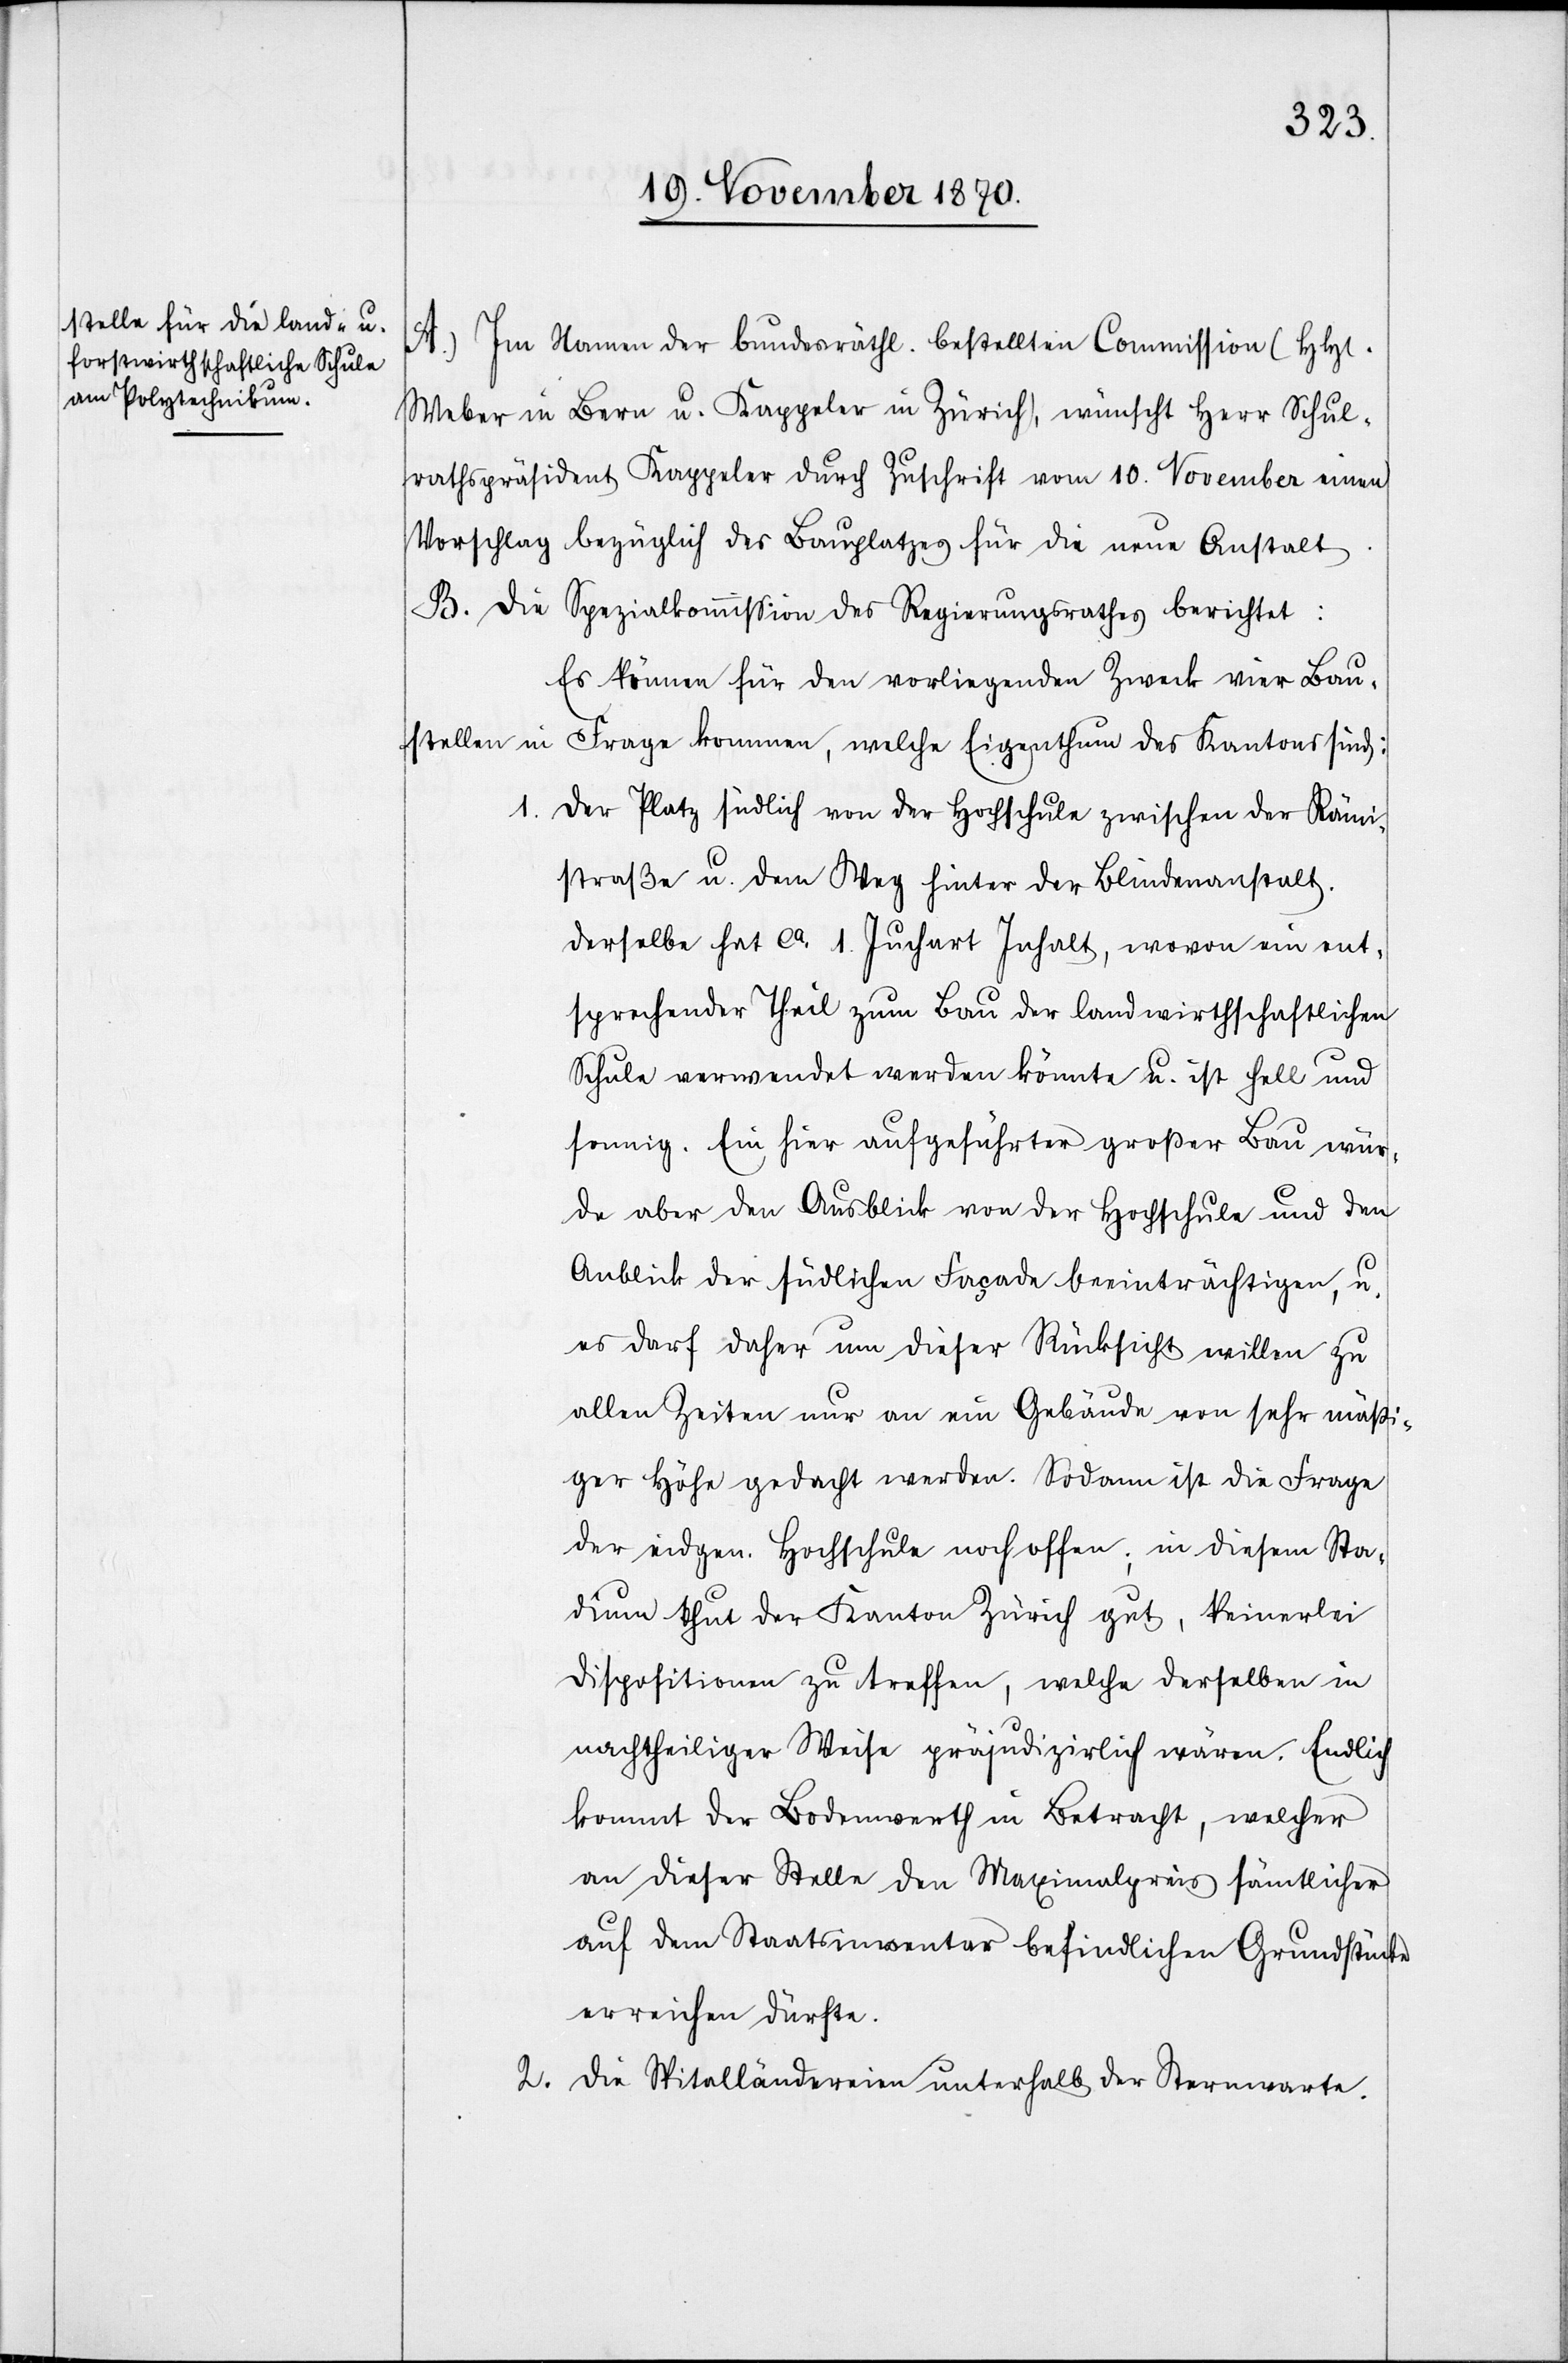
A. Im Namen der bundesräthl. bestellten Commission (HH[err]
Weber in Bern u. Kappeler in Zürich), wünscht Herr Schul¬
rathspräsident Kappeler durch Zuschrift vom 10. November einen
Vorschlag bezüglich des Bauplatzes für die neue Anstalt.
B. Die Spezialkommißion des Regierungsrathes berichtet:
Es können für den vorliegenden Zweck vier Bau¬
stellen in Frage kommen, welche Eigenthum des Kantons sind:
1. Der Platz südlich von der Hochschule zwischen der Rämi¬
straße u. dem Weg hinter der Blindenanstalt.
Derselbe hat ca. 1. Juchart Inhalt, wovon ein ent¬
sprechender Theil zum Bau der landwirthschaftlichen
Schule verwendet werden könnte u. ist hell und
sonnig. Ein hier ausgeführter großer Bau wür¬
de aber den Ausblick von der Hochschule und den
Anblick der südlichen Façade beeinträchtigen, u.
es darf daher um dieser Rücksicht willen zu
allen Zeiten nur an die Gebäude von sehr mäßi¬
ger Höhe gedacht werden. Sodann ist die Frage
der eidgen. Hochschule noch offen; in diesem Sta¬
dium thut der Kanton Zürich gut, keinerlei
Dispositionen zu treffen, welche derselben in
nachtheiliger Weise präjudizirlich wären. Endlich
kommt der Bodenwerth in Betracht, welcher
an dieser Stelle den Maximalpreis sämtlicher
auf dem Staatsinventar befindlichen Grundstücke
erreichen dürfte.
2. Die Spitalländereien unterhalb der Sternwarte.